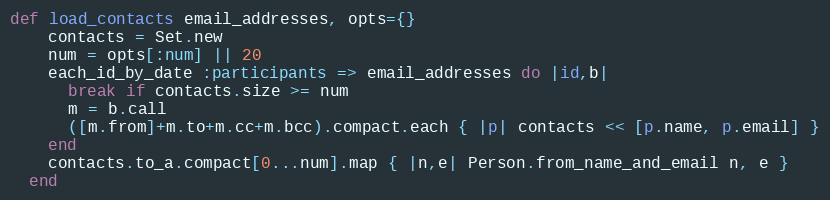
Language: Ruby
def load_contacts email_addresses, opts={}
    contacts = Set.new
    num = opts[:num] || 20
    each_id_by_date :participants => email_addresses do |id,b|
      break if contacts.size >= num
      m = b.call
      ([m.from]+m.to+m.cc+m.bcc).compact.each { |p| contacts << [p.name, p.email] }
    end
    contacts.to_a.compact[0...num].map { |n,e| Person.from_name_and_email n, e }
  end